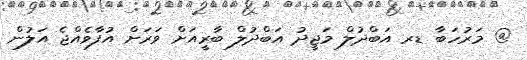
@ މަރުހަބާ ޑރ އަބްދުލް މަޖީދު އަބްދުލް ބާރީއަށް ވަރަށް އުފާވެއްޖެ އަލުން